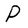
Character: P